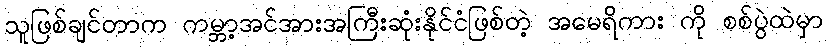
သူဖြစ်ချင်တာက ကမ္ဘာ့အင်အားအကြီးဆုံးနိုင်ငံဖြစ်တဲ့ အမေရိကား ကို စစ်ပွဲထဲမှာ